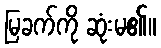
မြခက်ကို ဆုံးမ၏။